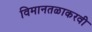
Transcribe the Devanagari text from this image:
विमानतळाकरवी